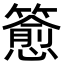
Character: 𬕷